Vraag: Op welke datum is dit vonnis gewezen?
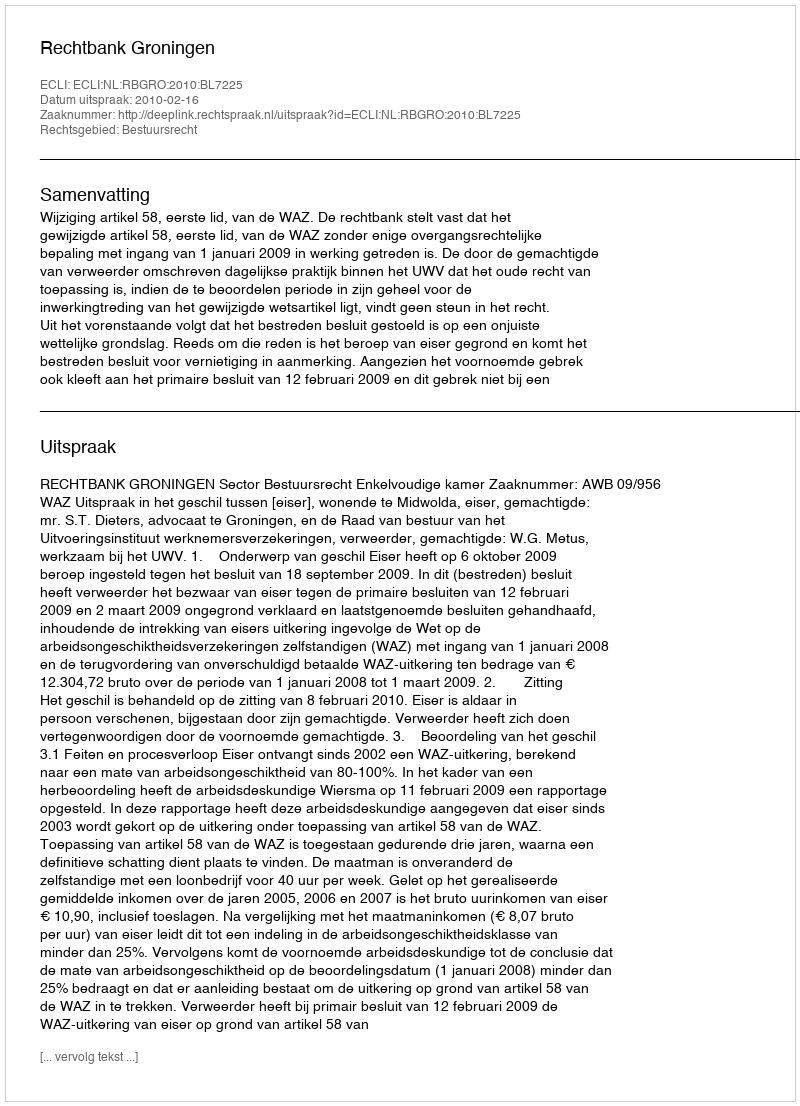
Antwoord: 2010-02-16